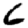
Digit: 6